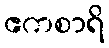
ဧကစာရိ